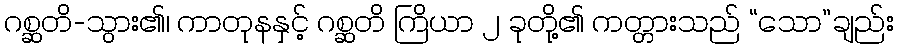
ဂစ္ဆတိ-သွား၏၊ ကာတုနနှင့် ဂစ္ဆတိ ကြိယာ ၂ ခုတို့၏ ကတ္တားသည် “သော”ချည်း